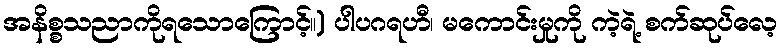
အနိစ္စသညာကိုရသောကြောင့်။) ပါပဂရဟီ၊ မကောင်းမှုကို ကဲ့ရဲ့ စက်ဆုပ်လေ့